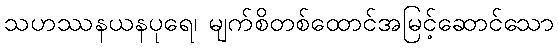
သဟဿနယနပုရေ၊ မျက်စိတစ်ထောင်အမြင့်ဆောင်သော